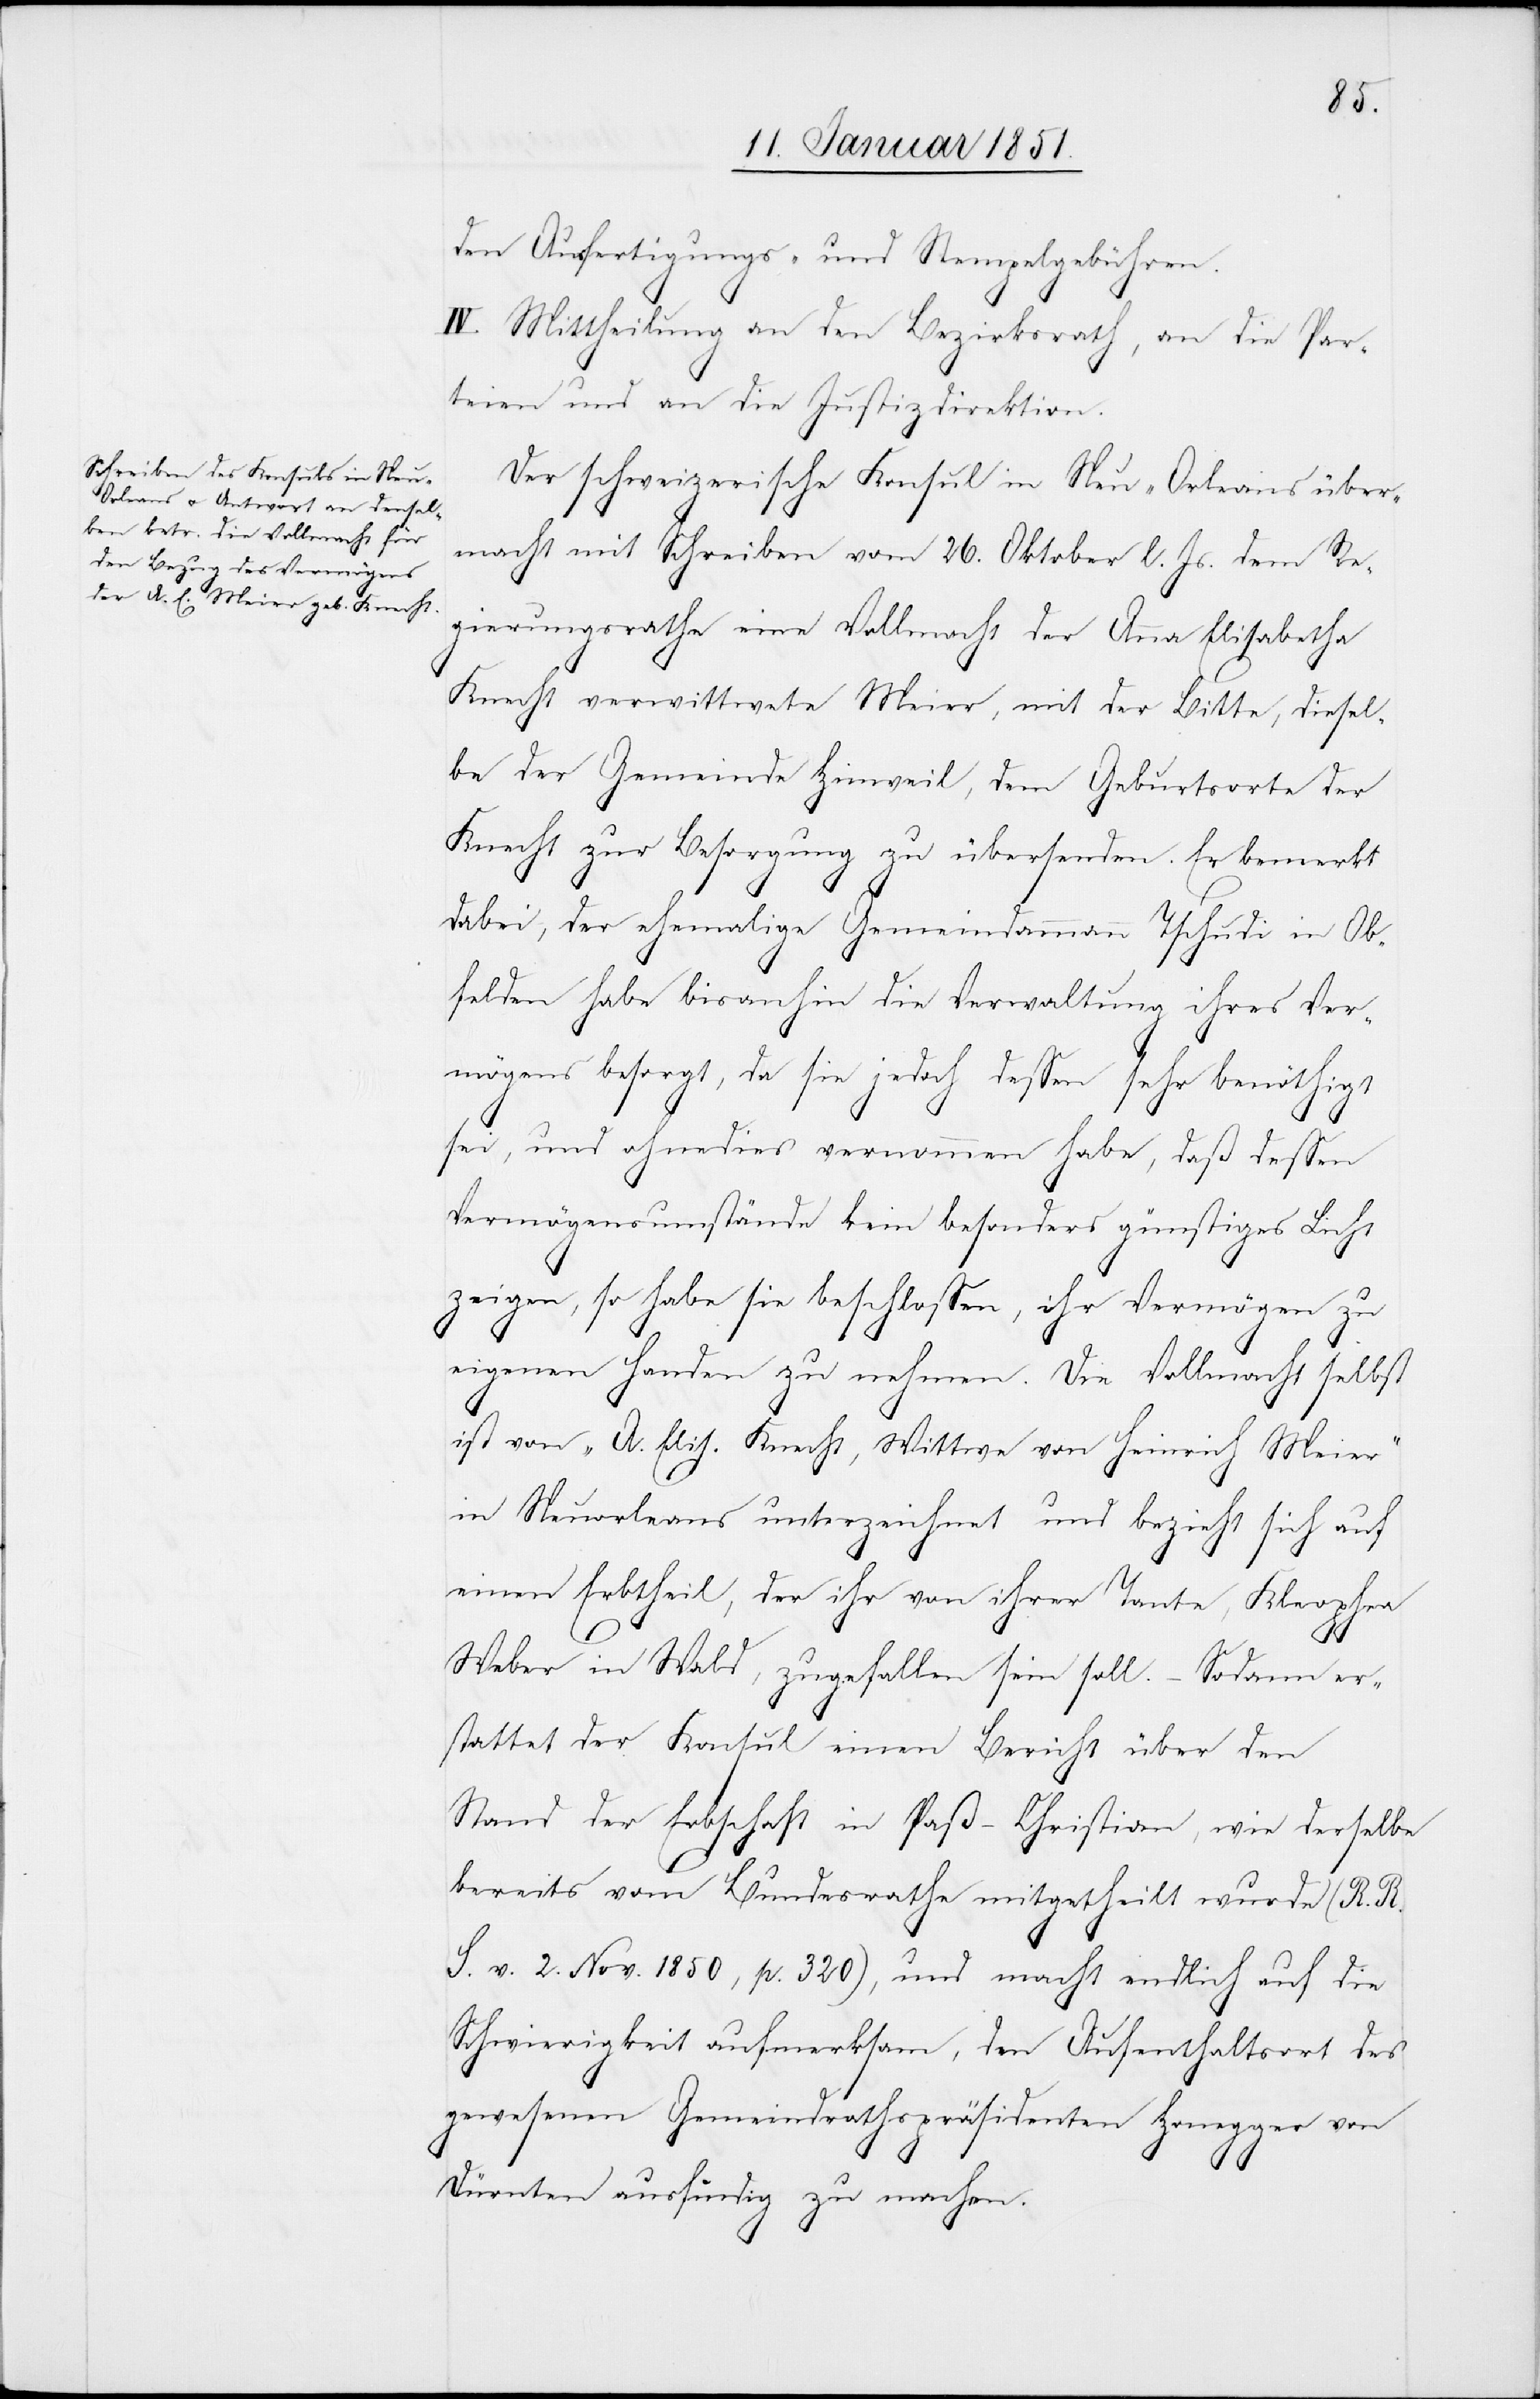
den Ausfertigungs- und Stempelgebühren.
IV. Mittheilung an den Bezirksrath, an die Par¬
teien und an die Justizdirektion.
Der schweizerische Konsul in Neu-Orleans über¬
macht mit Schreiben vom 26. Oktober l. Js. dem Re¬
gierungsrathe eine Vollmacht der Anna Elisabetha
Knecht verwittwete Meier, mit der Bitte, diesel¬
be der Gemeinde Hinweil, dem Geburtsorte der
Knecht zur Besorgung zu übersenden. Er bemerkt
dabei, der ehemalige Gemeindammann Tschudi in Ob¬
felden habe bisanhin die Verwaltung ihres Ver¬
mögens besorgt, da sie jedoch dessen sehr benöthigt
sei, und ohnedies vernommen habe, daß dessen
Vermögensumstände kein besonders günstiges Licht
zeigen, so habe sie beschlossen, ihr Vermögen zu
eigenen Handen zu nehmen. Die Vollmacht selbst
ist von „A. Elis. Knecht, Wittwe von Heinrich Meier“
in Neuorleans unterzeichnet und bezieht sich auf
einen Erbtheil, der ihr von ihrer Tante, Kleophea
Weber in Wald, zugefallen sein soll. – Sodann er¬
stattet der Konsul einen Bericht über den
Stand der Erbschaft in Paß-Christian, wie derselbe
bereits vom Bundesrathe mitgetheilt wurde (R. R.
S. v. 2. Nov. 1850, p. 320), und macht endlich auf die
Schwierigkeit aufmerksam, den Aufenthaltsort des
gewesenen Gemeindrathspräsidenten Honegger von
Dürnten ausfindig zu machen.